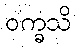
ဝက္ခသိ